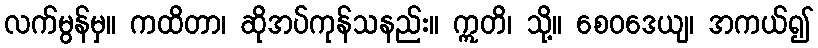
လက်မွန်မှ။ ကထိတာ၊ ဆိုအပ်ကုန်သနည်း။ ဣတိ၊ သို့။ စေဝဒေယျ၊ အကယ်၍